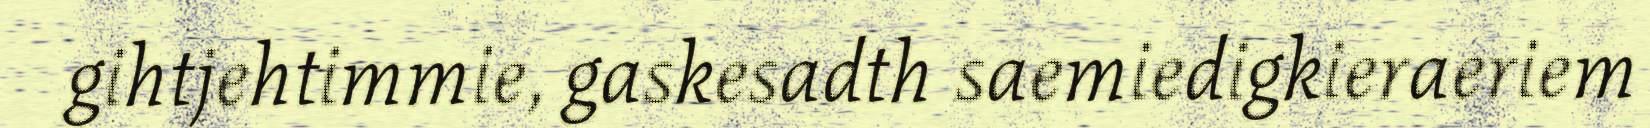
gihtjehtimmie, gaskesadth saemiedigkieraeriem